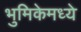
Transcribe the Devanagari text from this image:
भुमिकेमध्ये